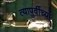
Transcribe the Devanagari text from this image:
त्यापुर्वीच्या